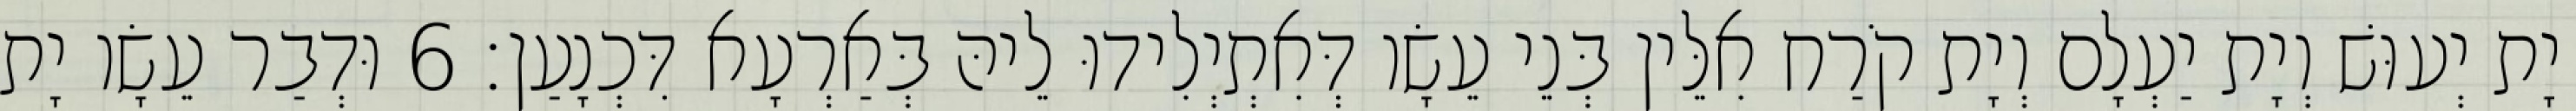
יָת יְעוּשׁ וְיָת יַעְלָם וְיָת קֹרַח אִלֵּין בְּנֵי עֵשָׂו דְּאִתְיְלִידוּ לֵיהּ בְּאַרְעָא דִּכְנָעַן׃ 6 וּדְבַר עֵשָׂו יָת